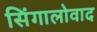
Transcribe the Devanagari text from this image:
सिंगालोवाद